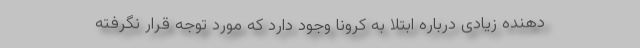
دهنده زیادی درباره ابتلا به کرونا وجود دارد که مورد توجه قرار نگرفته